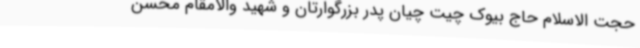
حجت الاسلام حاج بیوک چیت چیان پدر بزرگوارتان و شهید والامقام محسن